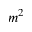
m ^ { 2 }